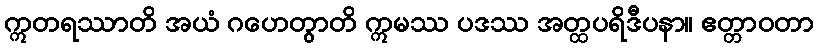
ဣတရဿာတိ အယံ ဂဟေတွာတိ ဣမဿ ပဒဿ အတ္ထပရိဒီပနာ။ ဧတ္တာဝတာ